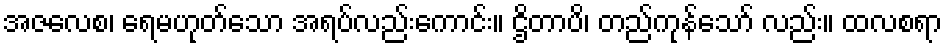
အဇလေစ၊ ရေမဟုတ်သော အရပ်လည်းကောင်း။ ဌိတာပိ၊ တည်ကုန်သော် လည်း။ ထလစရာ